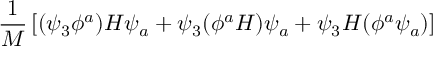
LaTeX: { \frac { 1 } { M } } \left[ ( \psi _ { 3 } \phi ^ { a } ) H \psi _ { a } + \psi _ { 3 } ( \phi ^ { a } H ) \psi _ { a } + \psi _ { 3 } H ( \phi ^ { a } \psi _ { a } ) \right]